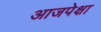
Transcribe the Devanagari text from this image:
आजपेक्षा